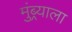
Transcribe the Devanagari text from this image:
मुंब्र्याला